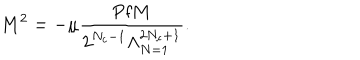
LaTeX: M ^ { 2 } = - \mu \frac { \mathrm { P f } M } { 2 ^ { N _ { c } - 1 } \Lambda _ { N = 1 } ^ { 2 N _ { c } + 1 } } .